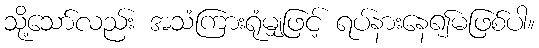
သို့သော်လည်း အသံကြားရုံမျှဖြင့် ရပ်နားနေ၍မဖြစ်ပါ။